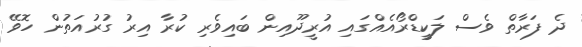
ދެ ފަރާތް ވެސް ލަކީޑްރޯއެއްގައި އުރީދޫއިން ބައިވެރި ކުރާ އިރު ގުރުއަތުން ހޮވޭ